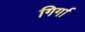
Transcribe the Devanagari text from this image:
गिर्गा